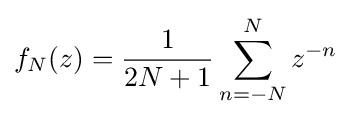
f_{N}(z)={\frac {1}{2N+1}}\sum _{n=-N}^{N}z^{-n}